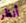
أنظر